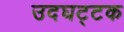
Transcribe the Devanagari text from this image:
उदघट्टक